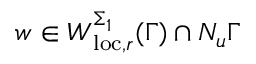
w \in W _ { \mathrm { l o c } , r } ^ { \Sigma _ { 1 } } ( \Gamma ) \cap N _ { u } \Gamma